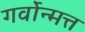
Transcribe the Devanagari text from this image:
गर्वोन्मत्त